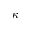
\kappa